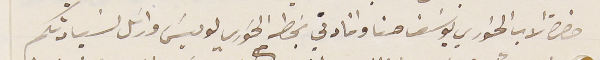
حضرة الاب الخوري يوسَف حنا وافادتي بخط الخوري لويسَ وارسَل لسَيادتكم